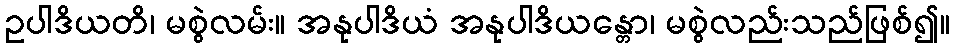
ဥပါဒိယတိ၊ မစွဲလမ်း။ အနုပါဒိယံ အနုပါဒိယန္တော၊ မစွဲလည်းသည်ဖြစ်၍။